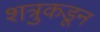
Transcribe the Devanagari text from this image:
शत्रुकडून